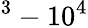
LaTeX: ^3-10^{4}